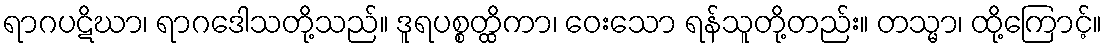
ရာဂပဋိဃာ၊ ရာဂဒေါသတို့သည်။ ဒူရပစ္စတ္ထိကာ၊ ဝေးသော ရန်သူတို့တည်း။ တသ္မာ၊ ထို့ကြောင့်။